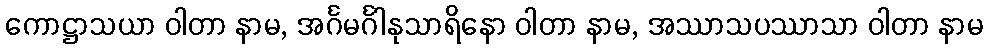
ကောဋ္ဌာသယာ ဝါတာ နာမ, အင်္ဂမင်္ဂါနုသာရိနော ဝါတာ နာမ, အဿာသပဿာသာ ဝါတာ နာမ